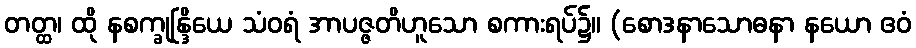
တတ္ထ၊ ထို နစက္ခုန္ဒြိယေ သံဝရံ အာပဇ္ဇတိဟူသော စကားရပ်၌။ (စောဒနာသောဓနာ နယော ဧဝံ